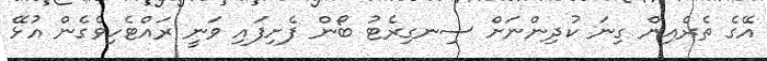
އޭގެ ތެރެއިން ގިނަ ކުދިންނަށް ސިނގިރެޓު ބޯން ފެށިފައި ވަނީ ރައްޓެހިވެގެން އުޅޭ